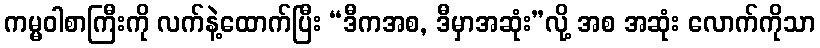
ကမ္မဝါစာကြီးကို လက်နဲ့ထောက်ပြီး “ဒီကအစ, ဒီမှာအဆုံး”လို့ အစ အဆုံး လောက်ကိုသာ